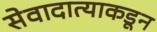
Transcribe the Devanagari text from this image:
सेवादात्याकडून